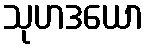
သုဟဒယော